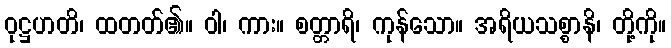
ဝုဋ္ဌဟတိ၊ ထတတ်၏။ ဝါ၊ ကား။ စတ္တာရိ၊ ကုန်သော။ အရိယသစ္စာနိ၊ တို့ကို။